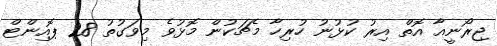
ޖިރޯނީއާ އޮތް އިރު ކުޅުނު ހުރިހާ މެޗަކުން މޮޅުވެ މިވަގުތު 28 ޕޮއިންޓް